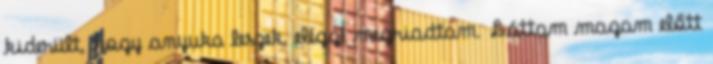
kiderült, hogy anyuka leszek, eléggé megriadtam. Láttam magam előtt